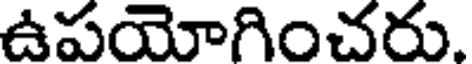
ఉపయోగించరు.